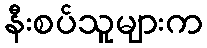
နီးစပ်သူများက